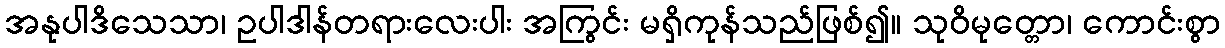
အနုပါဒိသေသာ၊ ဥပါဒါန်တရားလေးပါး အကြွင်း မရှိကုန်သည်ဖြစ်၍။ သုဝိမုတ္တော၊ ကောင်းစွာ